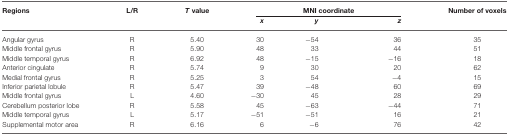
<table><thead><tr><td><b>Regions</b></td><td><b>L/R</b></td><td><b><i>T</i> value</b></td><td colspan="3"><b>MNI coordinate</b></td><td><b>Number of voxels</b></td></tr><tr><td></td><td></td><td></td><td><b><i>x</i></b></td><td><b><i>y</i></b></td><td><b><i>z</i></b></td><td></td></tr></thead><tbody><tr><td>Angular gyrus</td><td>R</td><td>5.40</td><td>30</td><td>−54</td><td>36</td><td>35</td></tr><tr><td>Middle frontal gyrus</td><td>R</td><td>5.90</td><td>48</td><td>33</td><td>44</td><td>51</td></tr><tr><td>Middle temporal gyrus</td><td>R</td><td>6.92</td><td>48</td><td>−15</td><td>−16</td><td>18</td></tr><tr><td>Anterior cingulate</td><td>R</td><td>5.74</td><td>9</td><td>30</td><td>20</td><td>62</td></tr><tr><td>Medial frontal gyrus</td><td>R</td><td>5.25</td><td>3</td><td>54</td><td>−4</td><td>15</td></tr><tr><td>Inferior parietal lobule</td><td>R</td><td>5.47</td><td>39</td><td>−48</td><td>60</td><td>69</td></tr><tr><td>Middle frontal gyrus</td><td>L</td><td>4.60</td><td>−30</td><td>45</td><td>28</td><td>29</td></tr><tr><td>Cerebellum posterior lobe</td><td>R</td><td>5.58</td><td>45</td><td>−63</td><td>−44</td><td>71</td></tr><tr><td>Middle temporal gyrus</td><td>L</td><td>5.17</td><td>−51</td><td>−51</td><td>16</td><td>21</td></tr><tr><td>Supplemental motor area</td><td>R</td><td>6.16</td><td>6</td><td>−6</td><td>76</td><td>42</td></tr></tbody></table>